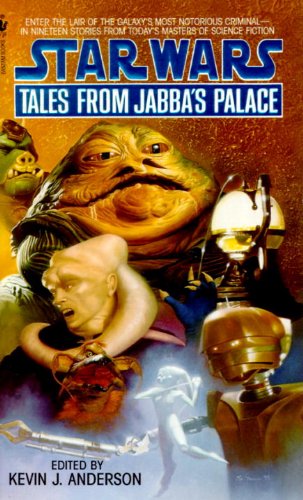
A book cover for Tales from Jabba's Palace (Star Wars) (Book 2); Science Fiction & Fantasy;